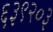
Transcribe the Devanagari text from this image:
६३९२०३